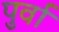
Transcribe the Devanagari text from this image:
पुर्वा